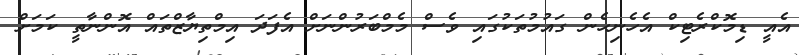
އެއީ ޑިމޮކްރެޓިކް އެހެނިހެން ގައުމުތަކުގައި ވެސް މެމްބަރުންނަށް އެފަދަ އިމްތިޔާޒްތައް އޮންނާތީ ކަމަށް